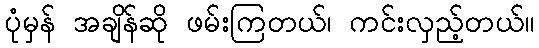
ပုံမှန် အချိန်ဆို ဖမ်းကြတယ်၊ ကင်းလှည့်တယ်။